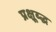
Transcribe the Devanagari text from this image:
प्रक्षूब्द्ध